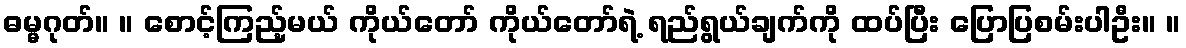
ဓမ္မဂုတ်။ ။ စောင့်ကြည့်မယ် ကိုယ်တော် ကိုယ်တော်ရဲ့ ရည်ရွယ်ချက်ကို ထပ်ပြီး ပြောပြစမ်းပါဦး။ ။